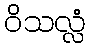
ဝိသလ္လံ